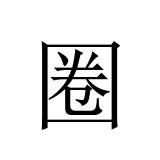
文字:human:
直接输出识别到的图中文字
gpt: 圈